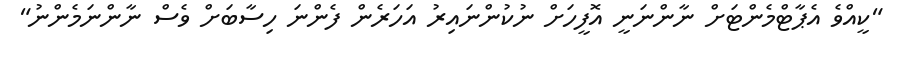
"ކީއްވެ އެޕާޓްމެންޓަށް ނާންނަނީ އޮފީހަށް ނުކުންނައިރު އަހަރެން ފެންނަ ހިސާބަށް ވެސް ނާންނަމެންނު"